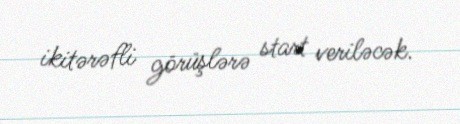
ikitərəfli görüşlərə start veriləcək.